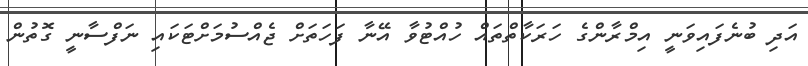
އަދި ބުނެފައިވަނީ އިމްރާންގެ ހަރަކާތްތައް ހުއްޓުވާ އޭނާ ފަހަތަށް ޖެއްސުމަށްޓަކައި ނަފްސާނީ ގޮތުން